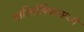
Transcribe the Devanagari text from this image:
पारितोषिकामध्ये